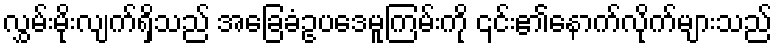
လွှမ်းမိုးလျက်ရှိသည် အခြေခံဥပဒေမူကြမ်းကို ၎င်း၏နောက်လိုက်များသည်